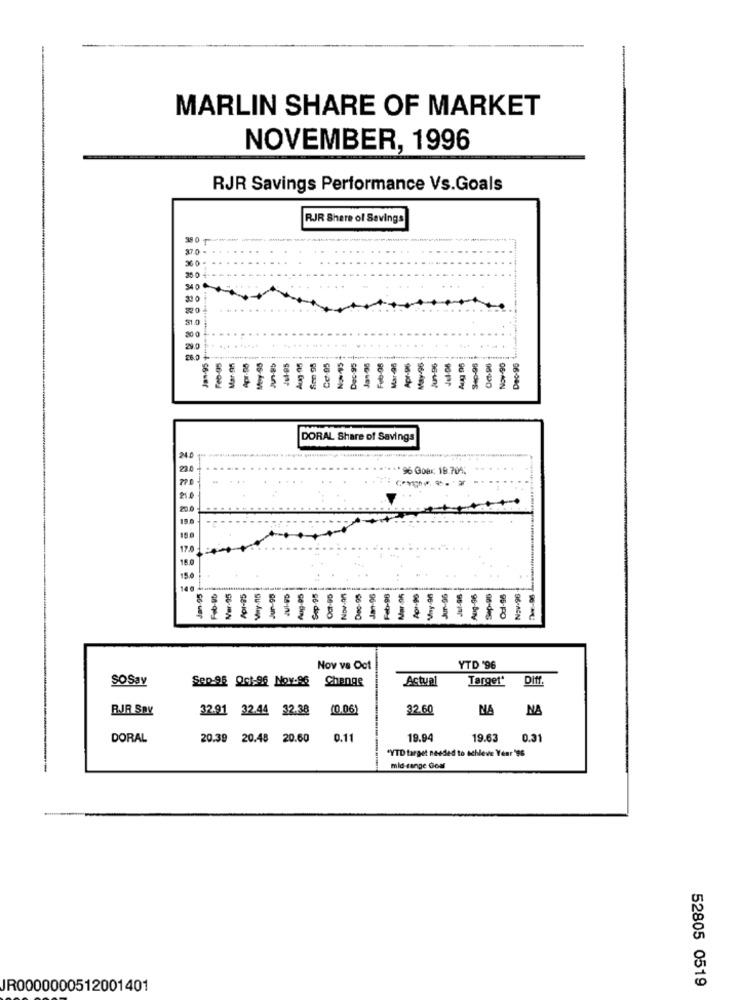
MARLIN SHARE OF MARKET
NOVEMBER, 1996
RJR Savings Performance Vs.Goals
RJR Shere of Savings
81.0
200
29.0
28.0
Dec-95
96-098
06-MON
DORAL Share of Savings
200
** ** 96 Go8x 19 704;
...
20.0
Nav-96.
140
Var-95
5-PPO
Se-dy
Su-
se des
Nov vs Oct
YTD '96
SOSay
Sep-96 Oct-96 Nov.98
Actual
Target' Diff.
Change
BJR SAY
32.91 32.44 32.38
(0.06)
32.60
NA
NA
DORAL
20.39 20.48 20.60
0.11
19.94
19.63
0.31
"YTD target needed to schleve Year'96
mid-range Goul
52805 0519
JR0000000512001401